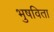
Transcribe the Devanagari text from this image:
भुषविता